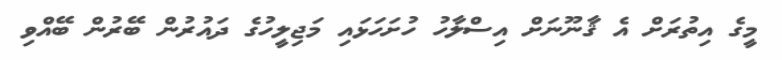
މީގެ އިތުރަށް އެ ޤާނޫނަށް އިސްލާހު ހުށަހަޅައި މަޖިލީހުގެ ދައުރުން ބޭރުން ބޭއްވި